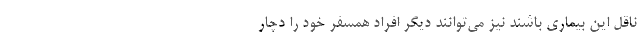
ناقل این بیماری باشند نیز می‌توانند دیگر افراد همسفر خود را دچار